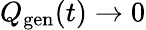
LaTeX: Q_{\mathrm{gen}}(t)\rightarrow 0